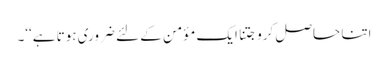
اتنا حاصل کرو جتنا ایک مؤمن کے لئے ضروری ہوتا ہے‘‘۔